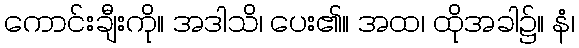
ကောင်းချီးကို။ အဒါသိ၊ ပေး၏။ အထ၊ ထိုအခါ၌။ နံ၊